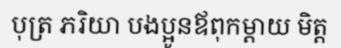
បុត្រ ភរិយា បងប្អូនឪពុកម្តាយ មិត្ត